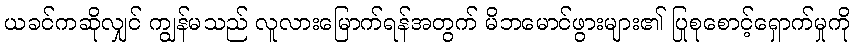
ယခင်ကဆိုလျှင် ကျွန်မသည် လူလားမြောက်ရန်အတွက် မိဘမောင်ဖွားများ၏ ပြုစုစောင့်ရှောက်မှုကို